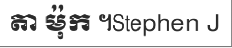
តា ម៉ុក ។Stephen J